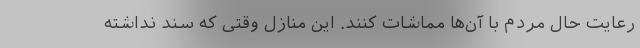
رعایت حال مردم با آن‌ها مماشات کنند. این منازل وقتی که سند نداشته